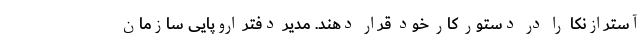
آسترازنکا را در دستور کار خود قرار دهند. مدیر دفتر اروپایی سازمان